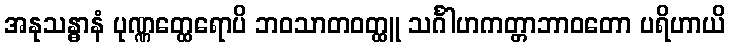
အနုသန္ဓာနံ ပုဏ္ဏတ္ထေရောပိ ဘဝသာတဝတ္ထူ သင်္ဂါဟကတ္တာဘာဝတော ပရိဟာယိ